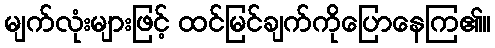
မျက်လုံးများဖြင့် ထင်မြင်ချက်ကိုပြောနေကြ၏။